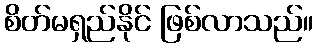
စိတ်မရှည်နိုင် ဖြစ်လာသည်။